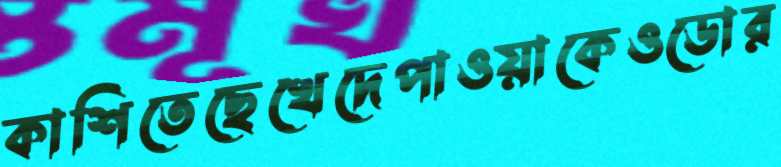
কাশিতেছেখেদেপাওয়াকেওডোর